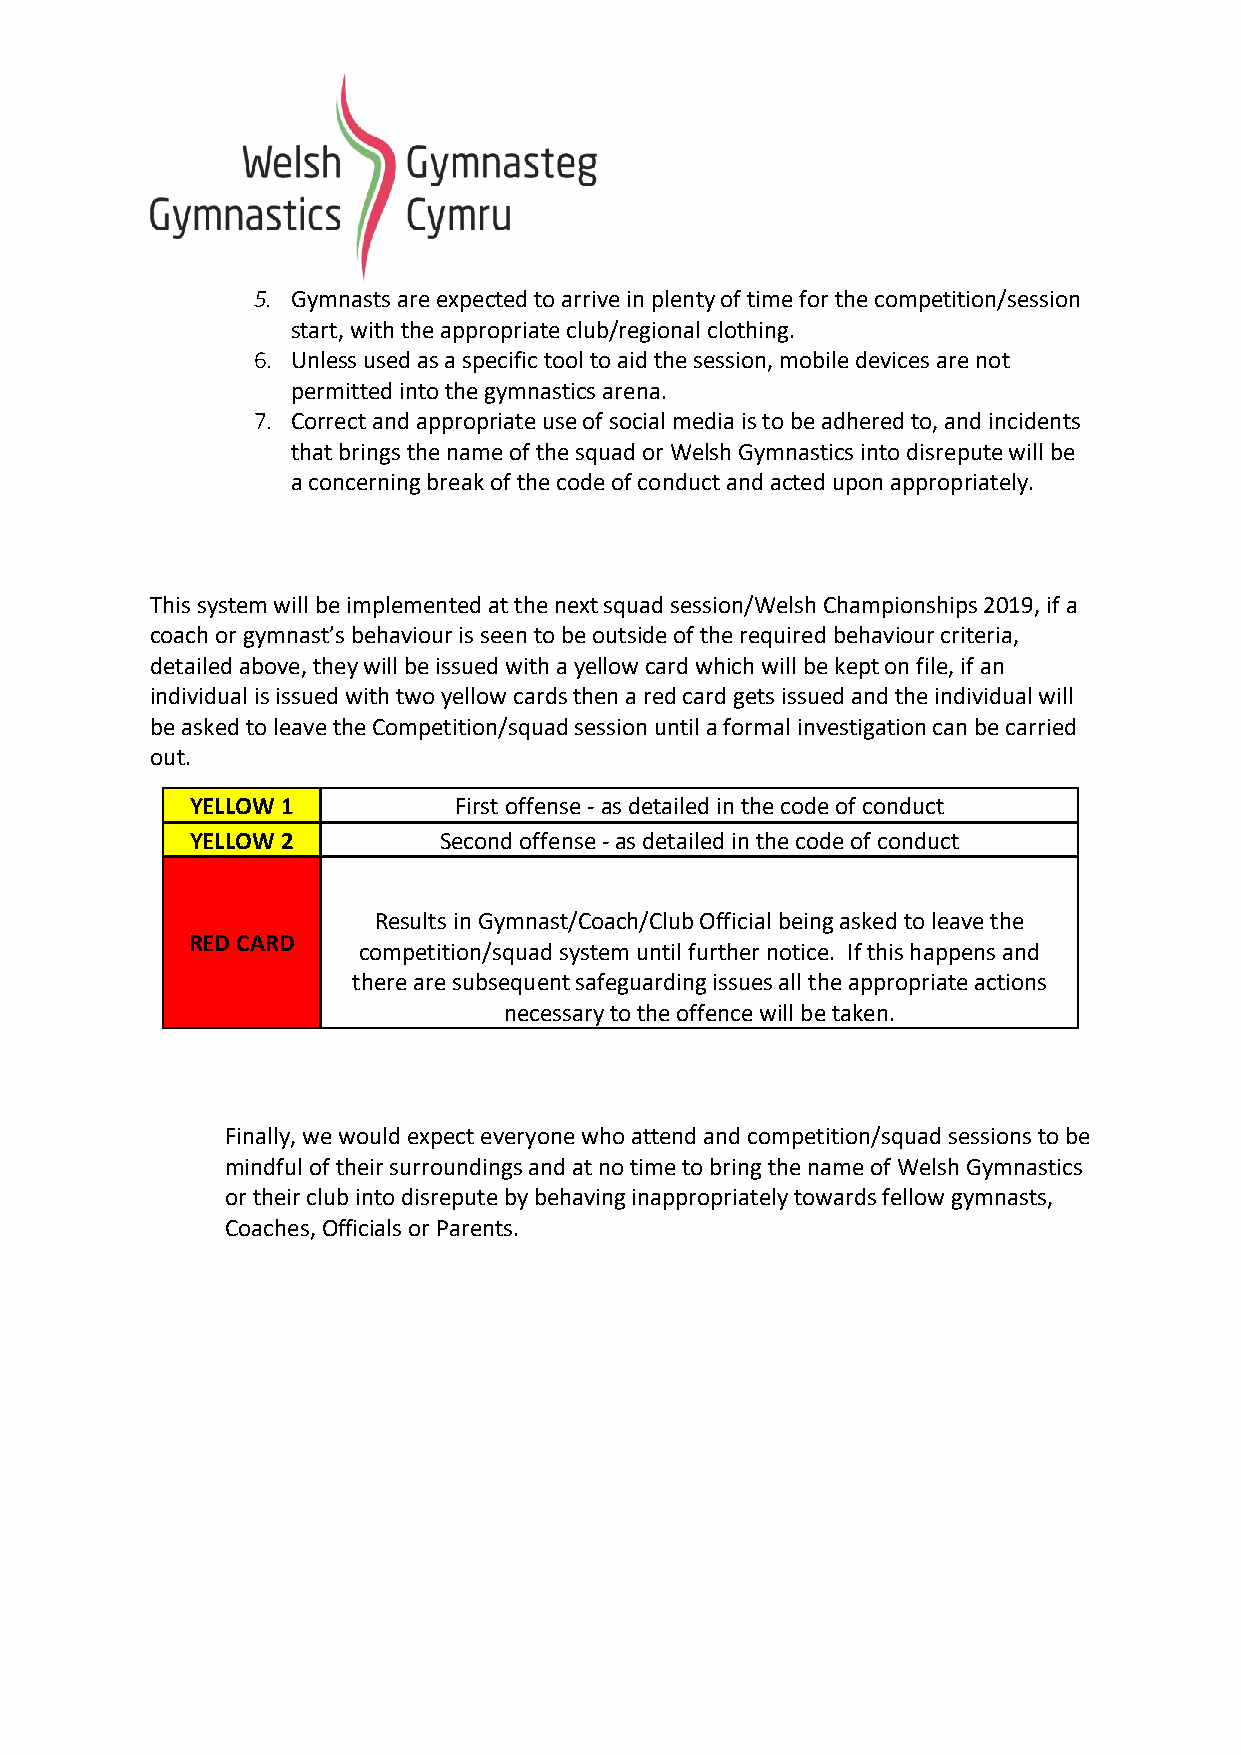
5. Gymnasts are expected to arrive in plenty of time for the competition/session
 start, with the appropriate club/regional clothing.
 6. Unless used as a specific tool to aid the session, mobile devices are not
 permitted into the gymnastics arena.
 7. Correct and appropriate use of social media is to be adhered to, and incidents
 that brings the name of the squad or Welsh Gymnastics into disrepute will be
 a concerning break of the code of conduct and acted upon appropriately.
 This system will be implemented at the next squad session/Welsh Championships 2019, if a
 coach or gymnast’s behaviour is seen to be outside of the required behaviour criteria,
 detailed above, they will be issued with a yellow card which will be kept on file, if an
 individual is issued with two yellow cards then a red card gets issued and the individual will
 be asked to leave the Competition/squad session until a formal investigation can be carried
 out.
 YELLOW 1         First offense - as detailed in the code of conduct
 YELLOW 2        Second offense - as detailed in the code of conduct
 Results in Gymnast/Coach/Club Official being asked to leave the
 RED CARD
 competition/squad system until further notice. If this happens and
 there are subsequent safeguarding issues all the appropriate actions
 necessary to the offence will be taken.
 Finally, we would expect everyone who attend and competition/squad sessions to be
 mindful of their surroundings and at no time to bring the name of Welsh Gymnastics
 or their club into disrepute by behaving inappropriately towards fellow gymnasts,
 Coaches, Officials or Parents.